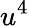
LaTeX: u^{4}